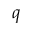
q